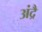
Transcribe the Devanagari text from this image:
अंद्रै